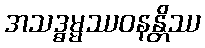
အသဒ္ဓမ္မဿဝနန္တိဿ